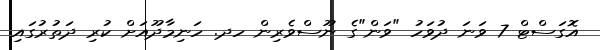
އޮގަސްޓް 7 ވަނަ ދުވަހު "ވަން"ގެ ނޫސްވެރިން ހދ. ހަނިމާދޫއަށް ކުރި ދަތުރުގައި